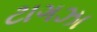
ટાગઝા